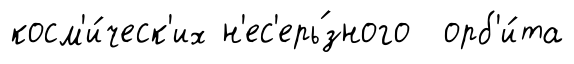
косм'и́ческ'их н'ес'ерь́зного орб'и́та